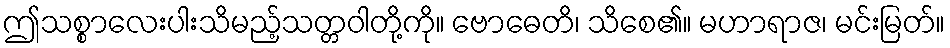
ဤသစ္စာလေးပါးသိမည့်သတ္တဝါတို့ကို။ ဗောဓေတိ၊ သိစေ၏။ မဟာရာဇ၊ မင်းမြတ်။